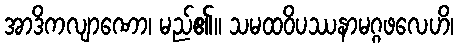
အာဒိကလျာဏော၊ မည်၏။ သမထဝိပဿနာမဂ္ဂဖလေဟိ၊